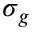
\sigma _ { g }